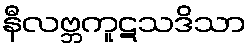
နီလဗ္ဘကူဋသဒိသာ